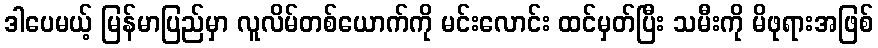
ဒါပေမယ့် မြန်မာပြည်မှာ လူလိမ်တစ်ယောက်ကို မင်းလောင်း ထင်မှတ်ပြီး သမီးကို မိဖုရားအဖြစ်